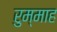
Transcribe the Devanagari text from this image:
रुम्माह